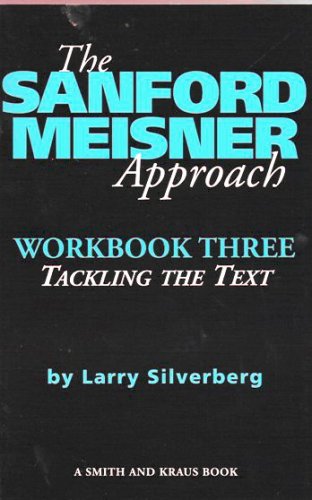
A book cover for The Sanford Meisner Approach: Workbook Three, Tackling the Text (Career Development Series); Larry Silverberg; Literature & Fiction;